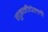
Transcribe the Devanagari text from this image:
गुइनीचेल्ली